Report on the lunatic asylums in Bengal - 1862-
Year: 1862
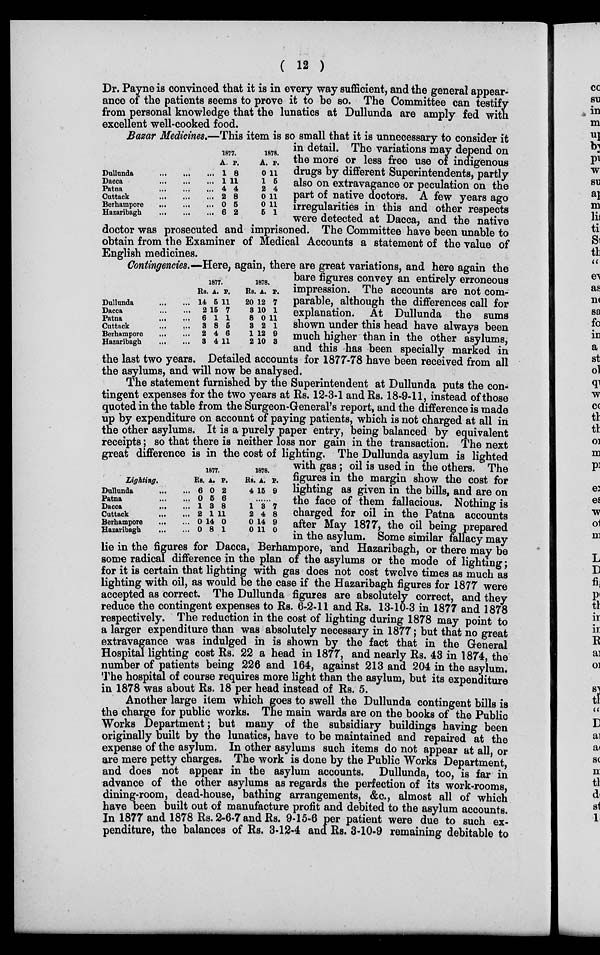
( 12 )
Dr. Payne is convinced that it is in every way sufficient, and the general appear-
ance of the patients seems to prove it to be so. The Committee can testify
from personal knowledge that the lunatics at Dullunda are amply fed with
excellent well-cooked food.
A
Dullunda
...
...
...
Dacca
...
...
...
Patna
...
...
...
Cattack
...
...
...
Berhampore
...
...
...
Hazaribagh
...
...
...
1877.
A
1
1
4
2
0
6
P.
8
11
4
8
5
2
1878.
A.
0
1
2
0
0
5
P.
11
5
4
11
11
1
Bazar Medicines.—This item is so small that it is unnecessary to consider it
in detail. The variations may depend on
the more or less free use of indigenous
drugs by different Superintendents, partly
also on extravagance or peculation on the
part of native doctors. A few years ago
irregularities in this and other respects
were detected at Dacca, and the native
doctor was prosecuted and imprisoned. The Committee have been unable to
obtain from the Examiner of Medical Accounts a statement of the value of
English medicines.
Dullunda ... ...
Dacca ... ...
Patna
...
...
Cuttack
...
...
Berhampore
...
...
Hazaribagh
...
...
1877.
Rs.
14
2
6
3
2
3
A.
5
15
1
8
4
4
P.
11
7
1
5
6
11
1878.
Rs.
20
3
8
3
1
2
. A.
12
10
0
2
12
10
P.
7
1
11
1
9
3
Contingencies.—Here, again, there are great variations, and here again the
bare figures convey an entirely erroneous
impression. The accounts are not com-
parable, although the differences call for
explanation. At Dullunda the sums
shown under this head have always been
much higher than in the other asylums,
and this has been specially marked in
the last two years. Detailed accounts for 1877-78 have been received from all
the asylums, and will now be analysed.
Lighting.
Dullunda
...
...
Patna
...
...
Dacca
...
...
Cuttack
...
...
Berhampore
...
...
Hazaribagh
...
...
1877.
Rs.
6
0
1
2
0
0
A.
0
5
3
1
14
8
P.
2
6
8
11
0
1
1878.
Rs.
4
A.
15
P.
9
......
1
2
0
0
3
4
14
11
7
8
9
0
The statement furnished by the Superintendent at Dullunda puts the con-
tingent expenses for the two years at Rs. 12-3-1 and Rs. 18-9-11, instead of those
quoted in the table from the Surgeon-General's report, and the difference is made
up by expenditure on account of paying patients, which is not charged at all in
the other asylums. It is a purely paper entry, being balanced by equivalent
receipts; so that there is neither loss nor gain in the transaction. The next
great difference is in the cost of lighting. The Dullunda asylum is lighted
with gas; oil is used in the others. The
figures in the margin show the cost for
lighting as given in the bills, and are on
the face of them fallacious. Nothing is
charged for oil in the Patna accounts
after May 1877, the oil being prepared
in the asylum. Some similar fallacy may
lie in the figures for Dacca, Berhampore, and Hazaribagh, or there may be
some radical difference in the plan of the asylums or the mode of lighting;
for it is certain that lighting with gas does not cost twelve times as much as
lighting with oil, as would be the case if the Hazaribagh figures for 1877 were
accepted as correct. The Dullunda figures are absolutely correct, and they
reduce the contingent expenses to Rs. 6-2-11 and Rs. 13-10-3 in 1877 and 1878
respectively. The reduction in the cost of lighting during 1878 may point to
a larger expenditure than was absolutely necessary in 1877; but that no great
extravagance was indulged in is shown by the fact that in the General
Hospital lighting cost Rs. 22 a head in 1877, and nearly Rs. 43 in 1874, the
number of patients being 226 and 164, against 213 and 204 in the asylum.
The hospital of course requires more light than the asylum, but its expenditure
in 1878 was about Rs. 18 per head instead of Rs. 5.
Another large item which goes to swell the Dullunda contingent bills is
the charge for public works. The main wards are on the books of the Public
Works Department; but many of the subsidiary buildings having been
originally built by the lunatics, have to be maintained and repaired at the
expense of the asylum. In other asylums such items do not appear at all, or
are mere petty charges. The work is done by the Public Works Department,
and does not appear in the asylum accounts. Dullunda, too, is far in
advance of the other asylums as regards the perfection of its work-rooms,
dining-room, dead-house, bathing arrangements, &c., almost all of which
have been built out of manufacture profit and debited to the asylum accounts.
In 1877 and 1878 Rs. 2-6-7 and Rs. 9-15-6 per patient were due to such ex-
penditure, the balances of Rs. 3-12-4 and Rs. 3-10-9 remaining debitable to